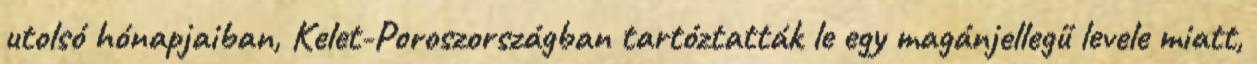
utolsó hónapjaiban, Kelet-Poroszországban tartóztatták le egy magánjellegű levele miatt,